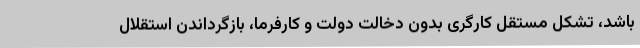
باشد، تشکل مستقل کارگری بدون دخالت دولت و کارفرما، بازگرداندن استقلالِ